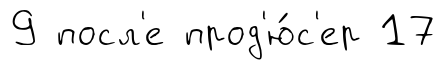
9 посл'е прод'ю́с'ер 17